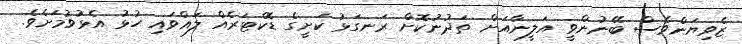
ޒެވިޔަންވެސް ބޭނުންވީ އަލީނާއަށް ތަދުނުކޮށް ރަނގަޅު ކަށީގެ ޑޮކްޓަރެއް ލައްވައި ހުޅު އެޅުވުމަށެވެ.